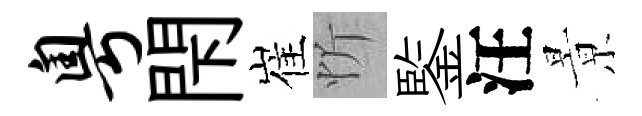
粤閇崔忻鍳汪㬌